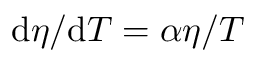
\mathrm { d } { \eta } / \mathrm { d } T = \alpha \eta / T